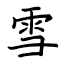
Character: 雪